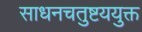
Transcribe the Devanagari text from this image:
साधनचतुष्टययुक्त